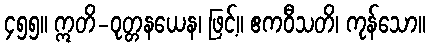
၄၅၅။ ဣတိ-ဝုတ္တနယေန၊ ဖြင့်။ ဧကဝီသတိ၊ ကုန်သော။